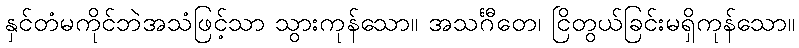
နှင်တံမကိုင်ဘဲအသံဖြင့်သာ သွားကုန်သော။ အသင်္ဂီတေ၊ ငြိတွယ်ခြင်းမရှိကုန်သော။